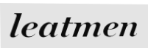
leatmen